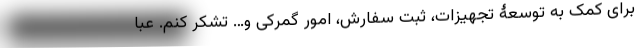
برای کمک به توسعۀ تجهیزات، ثبت سفارش، امور گمرکی و… تشکر کنم. عبا